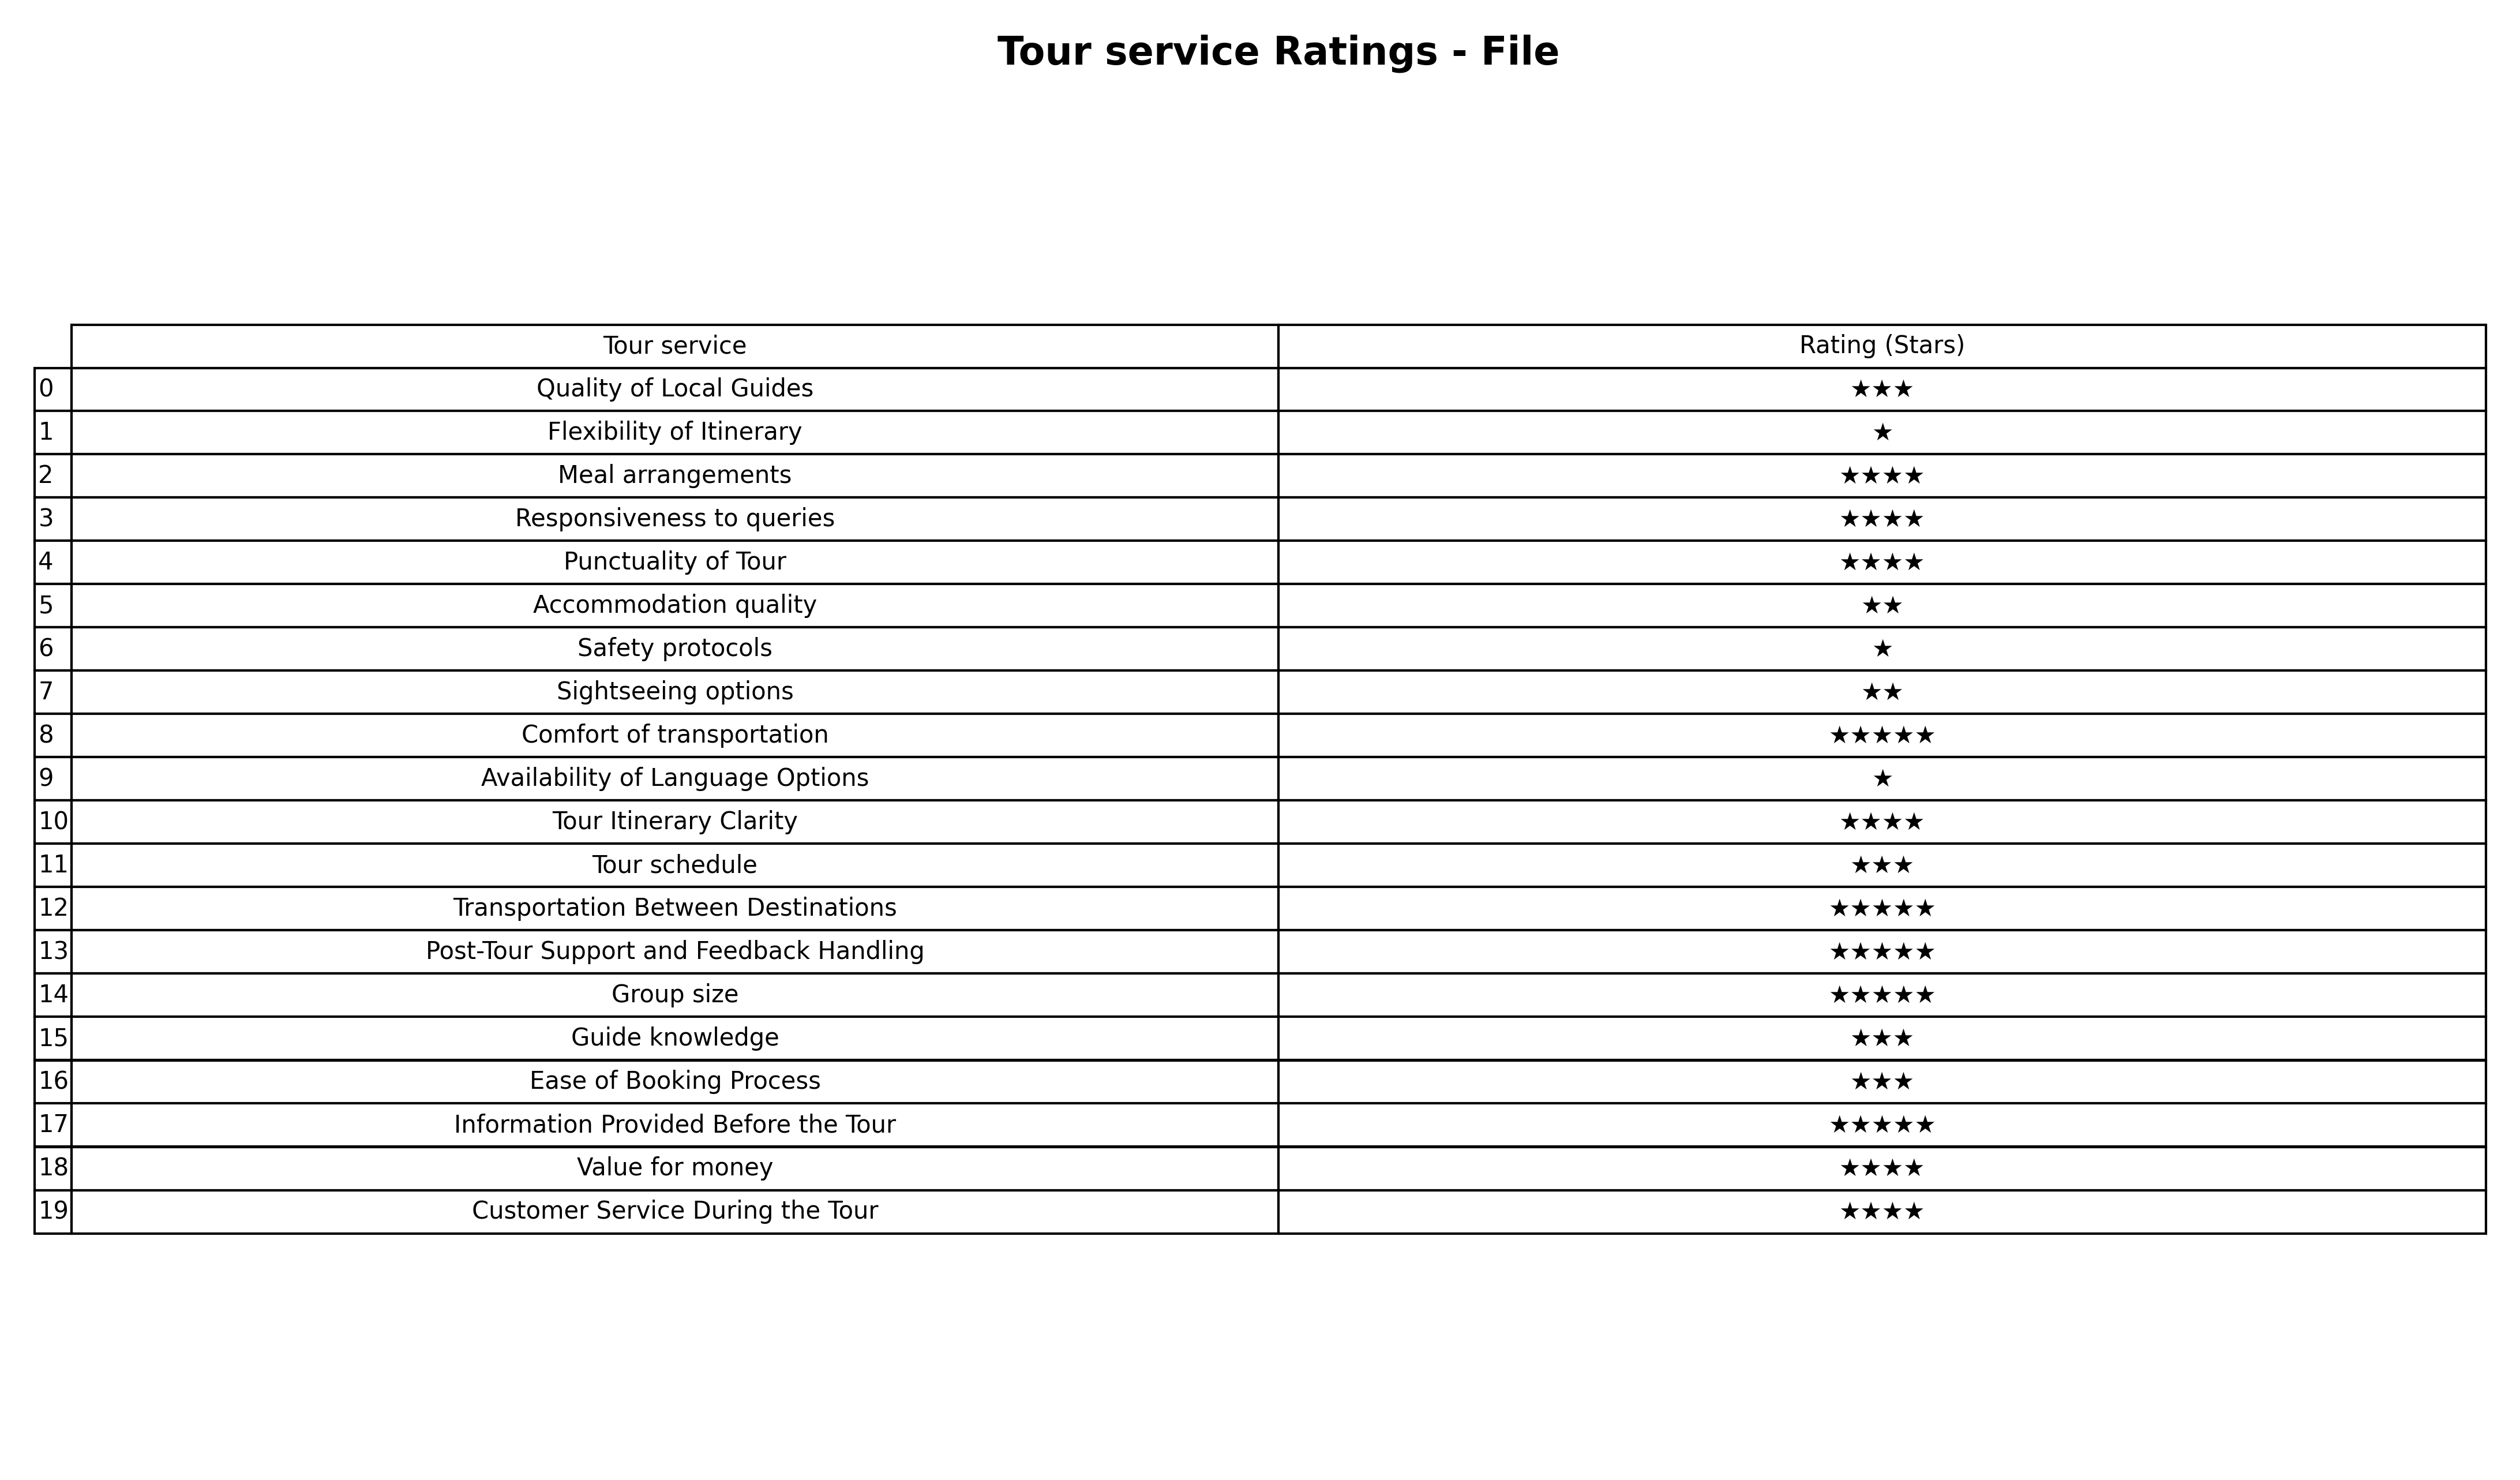
question: What is the rating of Safety protocols?
answer: ★